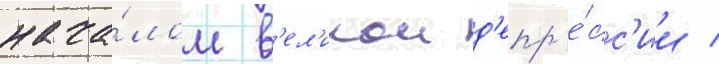
нача́лом в'ел'икои д'епр'е́сс'ии /